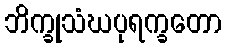
ဘိက္ခုသံဃပုရက္ခတော